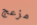
مزعج